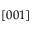
[ 0 0 1 ]